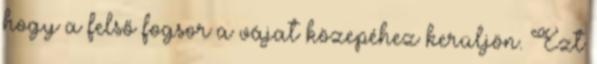
hogy a felső fogsor a vájat közepéhez kerüljön. Ezt